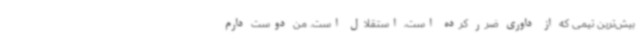
بیش‌ترین تیمی که از داوری ضرر کرده است، استقلال است. من دوست دارم